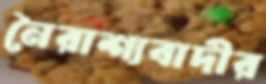
নৈরাশ্যবাদীর